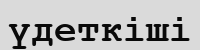
үдеткіші